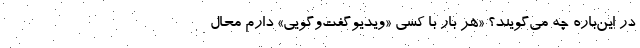
در این‌باره چه می‌گویند؟ «هر بار با کسی «ویدیوگفت‌وگویی» دارم محال